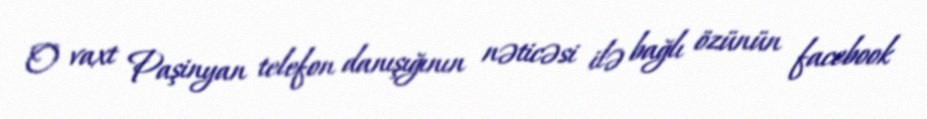
O vaxt Paşinyan telefon danışığının nəticəsi ilə bağlı özünün facebook